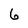
Character: 6